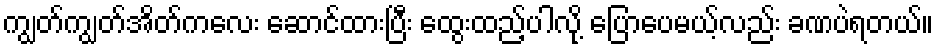
ကျွတ်ကျွတ်အိတ်ကလေး ဆောင်ထားပြီး ထွေးထည့်ပါလို့ ပြောပေမယ့်လည်း ခဏပဲရတယ်။